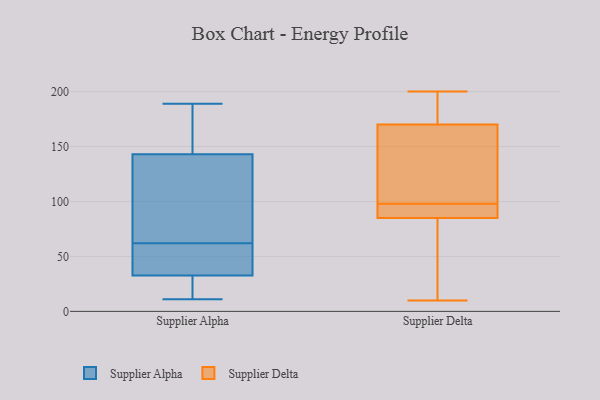
{"axis": {"x": "Customer Acquisition Cost (USD)", "y": "Value"}, "legend": ["Supplier Alpha", "Supplier Delta"], "data": [{"x": "", "y": 189, "type": "Supplier Alpha"}, {"x": "", "y": 21, "type": "Supplier Alpha"}, {"x": "", "y": 116, "type": "Supplier Alpha"}, {"x": "", "y": 152, "type": "Supplier Alpha"}, {"x": "", "y": 105, "type": "Supplier Alpha"}, {"x": "", "y": 35, "type": "Supplier Alpha"}, {"x": "", "y": 47, "type": "Supplier Alpha"}, {"x": "", "y": 91, "type": "Supplier Alpha"}, {"x": "", "y": 11, "type": "Supplier Alpha"}, {"x": "", "y": 85, "type": "Supplier Alpha"}, {"x": "", "y": 179, "type": "Supplier Alpha"}, {"x": "", "y": 178, "type": "Supplier Alpha"}, {"x": "", "y": 62, "type": "Supplier Alpha"}, {"x": "", "y": 162, "type": "Supplier Alpha"}, {"x": "", "y": 27, "type": "Supplier Alpha"}, {"x": "", "y": 31, "type": "Supplier Alpha"}, {"x": "", "y": 32, "type": "Supplier Alpha"}, {"x": "", "y": 38, "type": "Supplier Alpha"}, {"x": "", "y": 47, "type": "Supplier Alpha"}, {"x": "", "y": 10, "type": "Supplier Delta"}, {"x": "", "y": 200, "type": "Supplier Delta"}, {"x": "", "y": 186, "type": "Supplier Delta"}, {"x": "", "y": 64, "type": "Supplier Delta"}, {"x": "", "y": 88, "type": "Supplier Delta"}, {"x": "", "y": 85, "type": "Supplier Delta"}, {"x": "", "y": 93, "type": "Supplier Delta"}, {"x": "", "y": 103, "type": "Supplier Delta"}, {"x": "", "y": 170, "type": "Supplier Delta"}, {"x": "", "y": 123, "type": "Supplier Delta"}]}